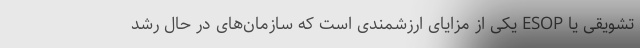
تشویقی یا ESOP یکی از مزایای ارزشمندی است که سازمان‌های در حال رشد